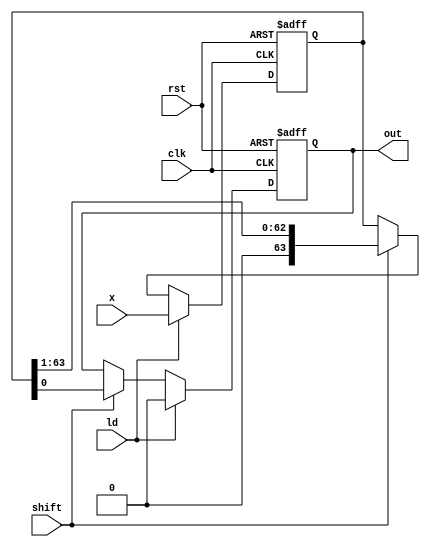
/*******************************************************************
*
* Module: shift_right.v
* Project: Serial_Parallel_Multiplier
* Description: Shift right register. Parallel Input and serial output. 
*
* Change history: 
*
**********************************************************************/
`timescale 1ns/1ns

module shift_right(x,clk, rst,ld, shift, out);

 input clk;
 input rst;
 input ld;
 input shift;
 input [63:0]x;
 output reg  out;
 reg [63:0] shiftreg;
 

  always @(posedge clk or posedge rst) begin
       if (rst) begin
           shiftreg <= 0;
           out <= 1'b0;
       end
       else if (ld) begin
              shiftreg <= x;
              out <= 1'b0;
       end
       else if(shift) begin
            out <= shiftreg[0];
            shiftreg <= {1'b0,shiftreg[63:1]};  ;
       end
 end

endmodule